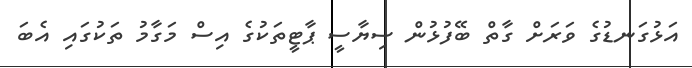
އަޅުގަނޑުގެ ވަރަށް ގާތް ބޭފުޅުން ސިޔާސީ ޕާޓީތަކުގެ އިސް މަގާމު ތަކުގައި އެބަ